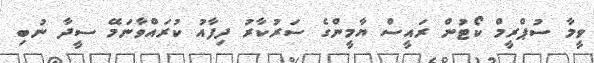
ވީމާ ސުޕްރީމް ކޯޓުން ރައީސް ޔާމީންގެ ސަރުކާރު ދިފާއު ކުރައްވާނަމޭ ސީދާ ނުބި